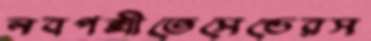
নবপল্লীতেসেন্ডেরস